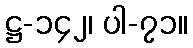
ဋ္ဌ-၁၄၂၊ ပါ-၇၁။